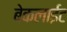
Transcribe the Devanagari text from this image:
बेकलाईट